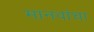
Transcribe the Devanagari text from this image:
मानवांचा